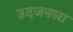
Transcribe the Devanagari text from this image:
उदजनला